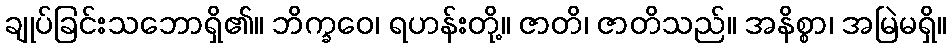
ချုပ်ခြင်းသဘောရှိ၏။ ဘိက္ခဝေ၊ ရဟန်းတို့။ ဇာတိ၊ ဇာတိသည်။ အနိစ္စာ၊ အမြဲမရှိ။